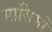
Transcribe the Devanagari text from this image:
मासिमों